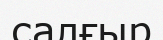
салғыр